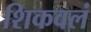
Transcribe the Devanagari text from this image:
शिकवलं